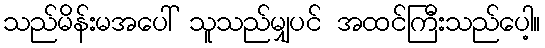
သည်မိန်းမအပေါ် သူသည်မျှပင် အထင်ကြီးသည်ပေါ့။